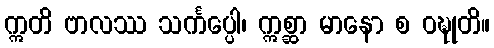
ဣတိ ဗာလဿ သင်္ကပ္ပေါ၊ ဣစ္ဆာ မာနော စ ဝဍ္ဎုတိ။